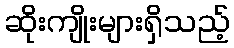
ဆိုးကျိုးများရှိသည့်